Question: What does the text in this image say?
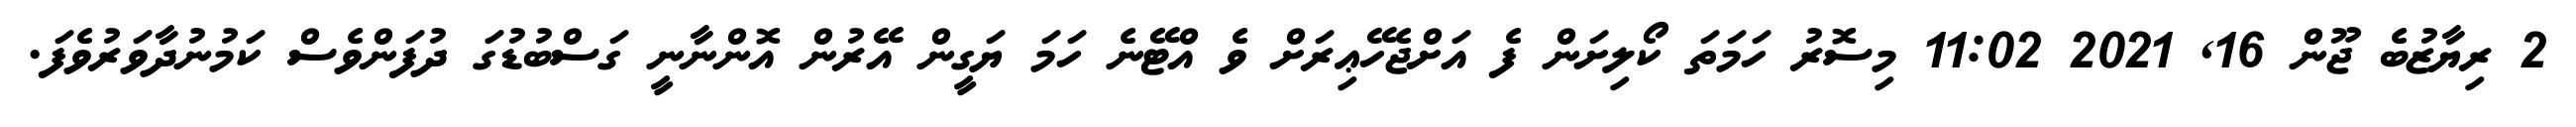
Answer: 2 ރިޔާޒުބެ ޖޫން 16, 2021 11:02 މިސޮރު ހަމަތަ ކޯލިށަން ފެ އަށްޖެހޭޢިރަށް ވެ އްޓޭނެ ހަމަ ޔަގީން އޭރުން އޮންނާނީ ގަސްބުޑުގަ ދުފަންވެސް ކަމުނުދާވަރުވެފަ.